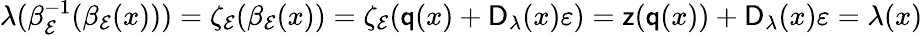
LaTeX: \begin{array}{r}{\lambda(\beta_{\mathcal{E}}^{-1}(\beta_{\mathcal{E}}(x)))=\zeta_{\mathcal{E}}(\beta_{\mathcal{E}}(x))=\zeta_{\mathcal{E}}(\mathsf{q}(x)+\mathsf{D}_{\lambda}(x)\varepsilon)=\mathsf{z}(\mathsf{q}(x))+\mathsf{D}_{\lambda}(x)\varepsilon=\lambda(x)}\end{array}